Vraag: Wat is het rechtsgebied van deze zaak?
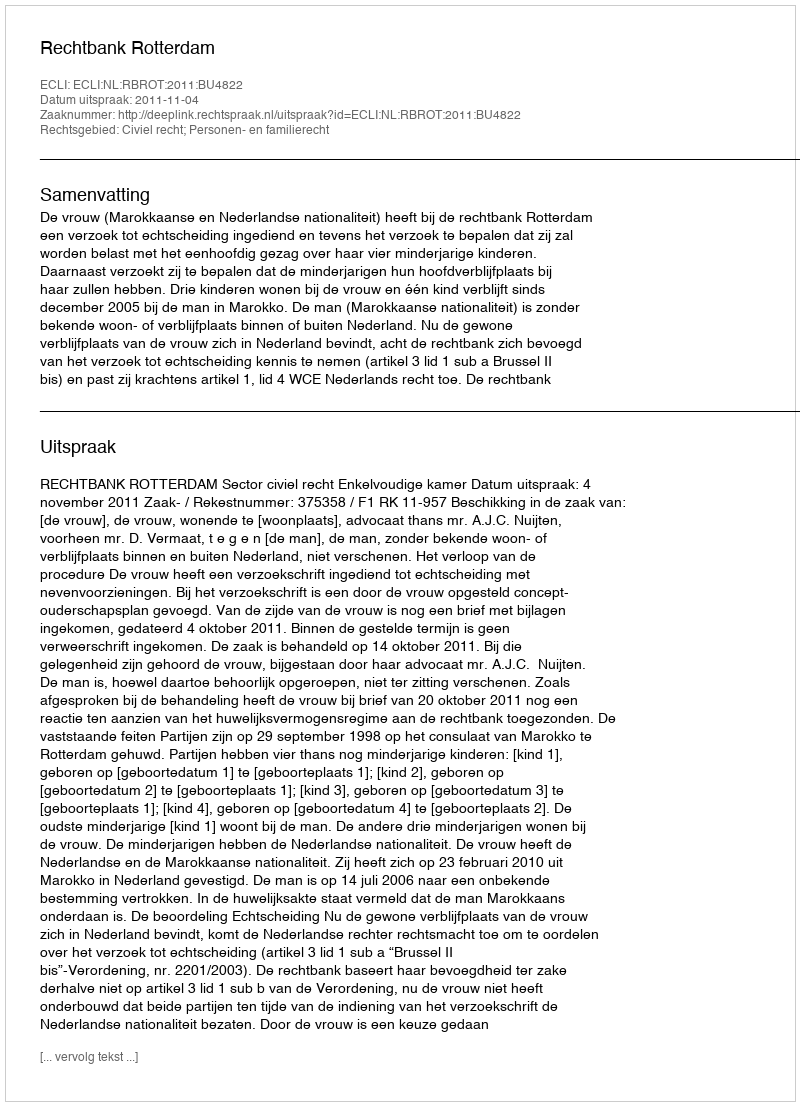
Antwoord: Civiel recht; Personen- en familierecht